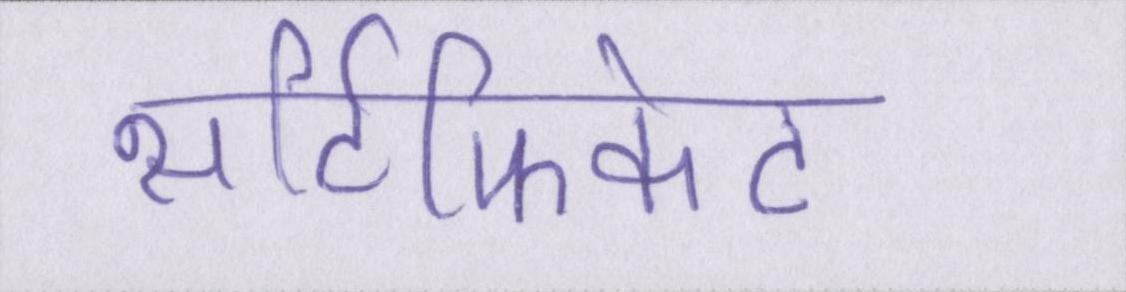
सर्टिफिकेट